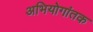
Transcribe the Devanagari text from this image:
अभियोगांतक